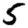
Digit: 5